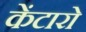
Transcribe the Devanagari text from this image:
केंटारो